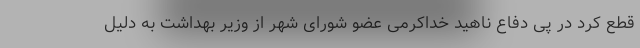
قطع کرد در پی دفاع ناهید خداکرمی عضو شورای شهر از وزیر بهداشت به دلیل